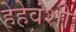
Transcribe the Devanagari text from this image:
हेहेवंशी